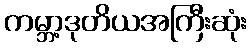
ကမ္ဘာ့ဒုတိယအကြီးဆုံး